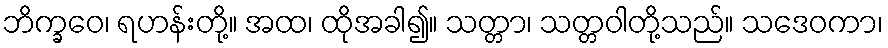
ဘိက္ခဝေ၊ ရဟန်းတို့။ အထ၊ ထိုအခါ၍။ သတ္တာ၊ သတ္တဝါတို့သည်။ သဒေဝကာ၊